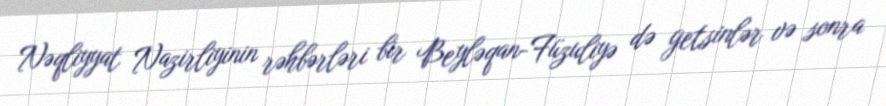
Nəqliyyat Nazirliyinin rəhbərləri bir Beyləqan-Füzuliyə də getsinlər və sonra